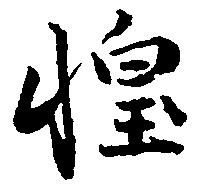
惶